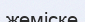
жеміске